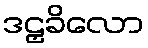
ဒဠှခိလော